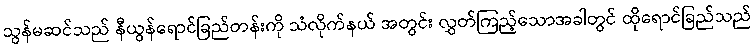
သွန်မဆင်သည် နီယွန်ရောင်ခြည်တန်းကို သံလိုက်နယ် အတွင်း လွှတ်ကြည့်သောအခါတွင် ထိုရောင်ခြည်သည်